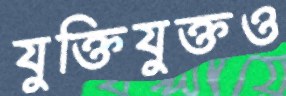
যুক্তিযুক্তও